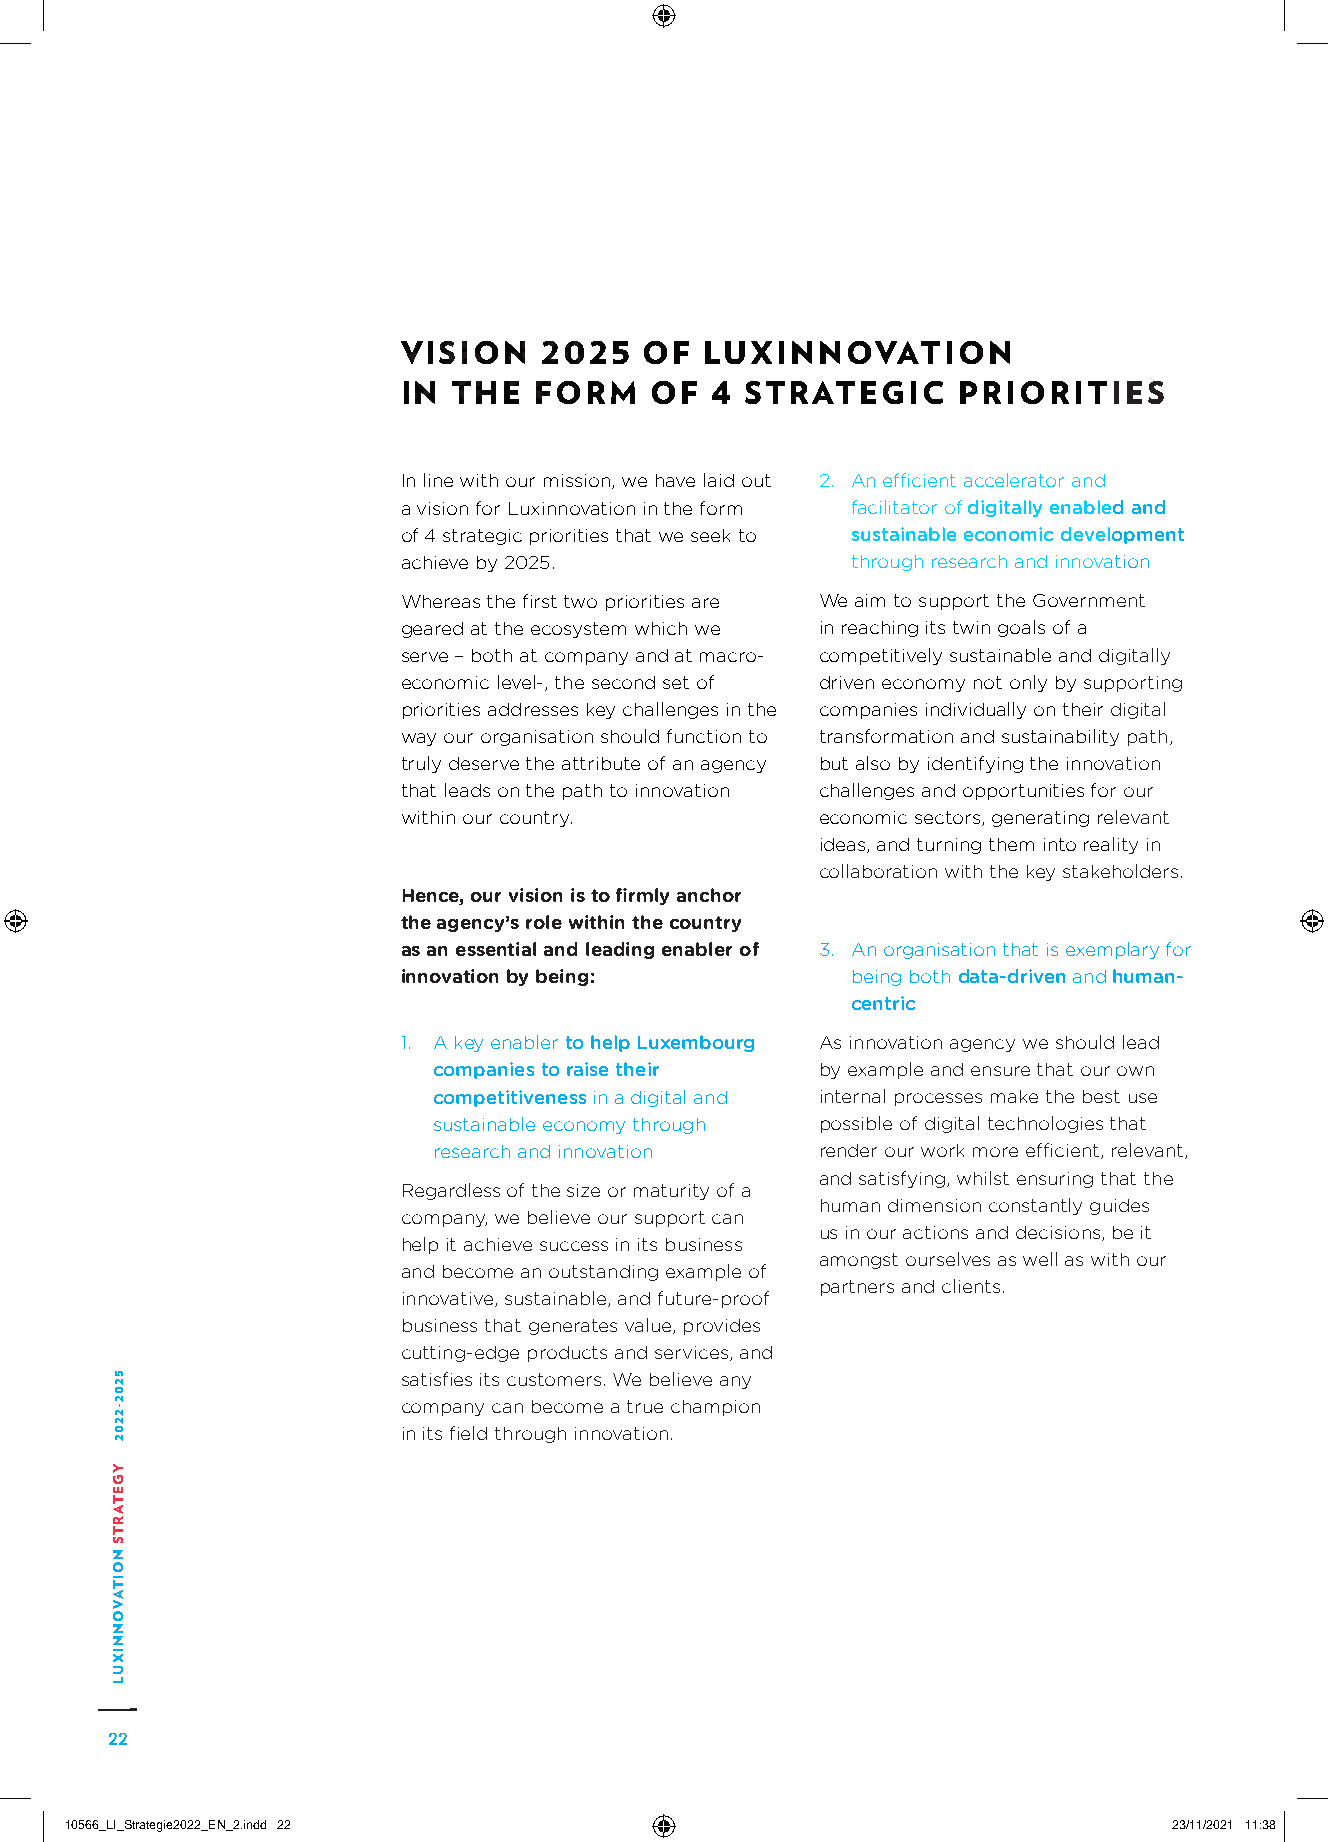
VISION   2025   OF  LUXINNOVATION
 IN THE  FORM    OF  4 STRATEGIC     PRIORITIES
 In line with our mission, we have laid out 2. A n efficient accelerator and
 a vision for Luxinnovation in the form facilitator of digitally enabled and
 of 4 strategic priorities that we seek to sustainable economic development
 achieve by 2025.             through research and innovation
 Whereas the first two priorities are We aim to support the Government
 geared at the ecosystem which we in reaching its twin goals of a
 serve – both at company and at macro- competitively sustainable and digitally
 economic level-, the second set of driven economy not only by supporting
 priorities addresses key challenges in the companies individually on their digital
 way our organisation should function to transformation and sustainability path,
 truly deserve the attribute of an agency but also by identifying the innovation
 that leads on the path to innovation challenges and opportunities for our
 within our country.        economic sectors, generating relevant
 ideas, and turning them into reality in
 collaboration with the key stakeholders.
 Hence, our vision is to firmly anchor
 the agency’s role within the country
 as an essential and leading enabler of 3. A n organisation that is exemplary for
 innovation by being:         being both data-driven and human-
 centric
 1. A key enabler to help Luxembourg As innovation agency we should lead
 companies to raise their by example and ensure that our own
 competitiveness in a digital and internal processes make the best use
 sustainable economy through possible of digital technologies that
 research and innovation  render our work more efficient, relevant,
 and satisfying, whilst ensuring that the
 Regardless of the size or maturity of a
 human dimension constantly guides
 company, we believe our support can
 us in our actions and decisions, be it
 help it achieve success in its business
 amongst ourselves as well as with our
 and become an outstanding example of
 partners and clients.
 innovative, sustainable, and future-proof
 business that generates value, provides
 cutting-edge products and services, and
 satisfies its customers. We believe any
 company can become a true champion
 in its field through innovation.
 22
 1100556666__LLII__SSttrraatteeggiiee22002222__EENN__22..iinndddd 2222     2233//1111//22002211 1111::3388
 5202-2202
 YGETARTS
 NOITAVONNIXUL